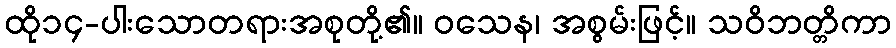
ထို၁၄-ပါးသောတရားအစုတို့၏။ ဝသေန၊ အစွမ်းဖြင့်။ သဝိဘတ္တိကာ